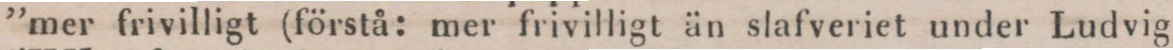
”mer frivilligt (förstå: mer frivilligt än slafveriet under Ludvig